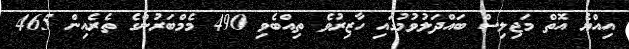
އިއްޔެ އޮތް މަޖިލިސް ބައްދަލުވުމުގައި ހާޒިރުވެ ތިއްބެވި 490 މެމްބަރުންގެ ތެރެއިން 465